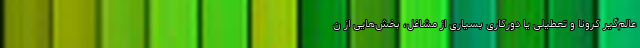
عالم‌گیر کرونا و تعطیلی یا دورکاری بسیاری از مشاغل، بخش‌هایی از ن